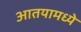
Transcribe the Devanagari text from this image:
आतयामध्ये